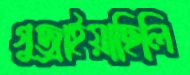
গুজ্‌রাইয়াছিলি